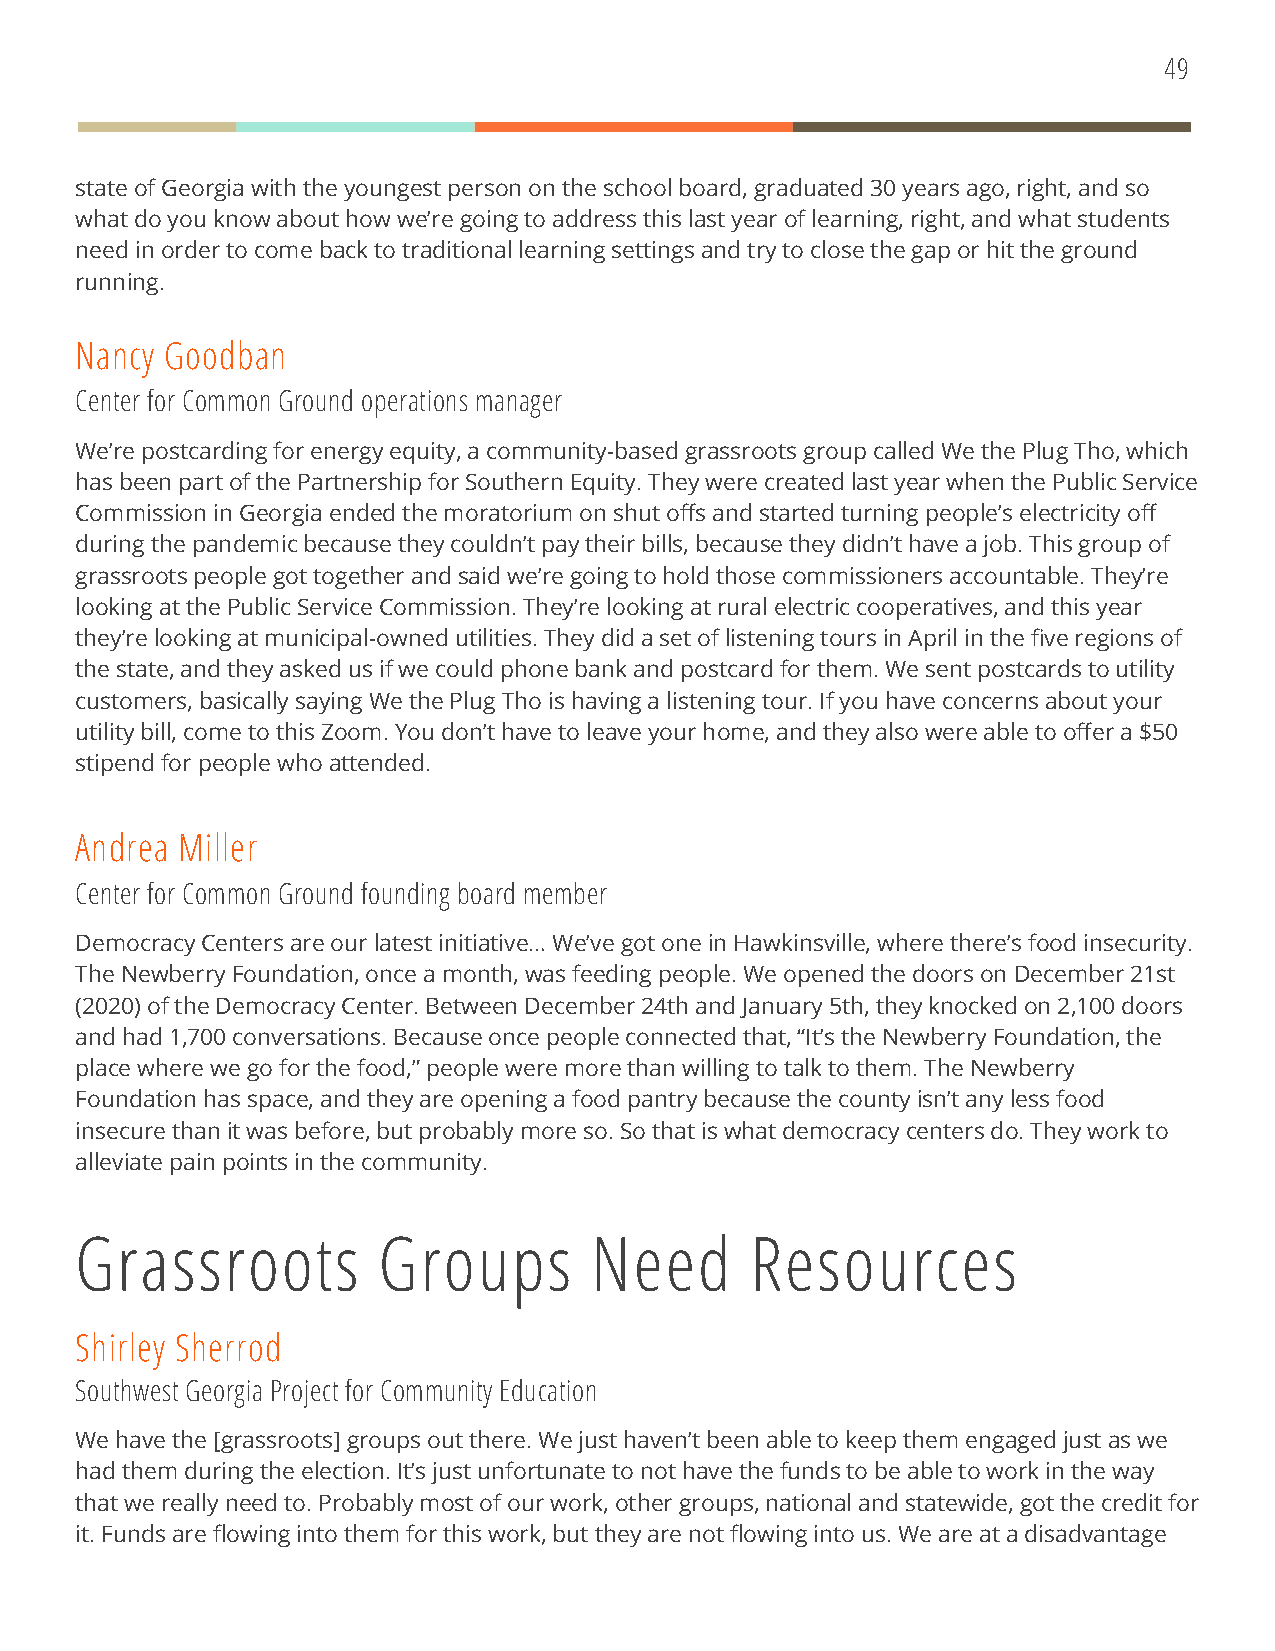
49
 state of Georgia with the youngest person on the school board, graduated 30 years ago, right, and so
 what do you know about how we’re going to address this last year of learning, right, and what students
 need in order to come back to traditional learning settings and try to close the gap or hit the ground
 running.
 Nancy Goodban
 Center for Common Ground operations manager
 We’re postcarding for energy equity, a community-based grassroots group called We the Plug Tho, which
 has been part of the Partnership for Southern Equity. They were created last year when the Public Service
 Commission in Georgia ended the moratorium on shut offs and started turning people’s electricity off
 during the pandemic because they couldn’t pay their bills, because they didn’t have a job. This group of
 grassroots people got together and said we’re going to hold those commissioners accountable. They’re
 looking at the Public Service Commission. They’re looking at rural electric cooperatives, and this year
 they’re looking at municipal-owned utilities. They did a set of listening tours in April in the five regions of
 the state, and they asked us if we could phone bank and postcard for them. We sent postcards to utility
 customers, basically saying We the Plug Tho is having a listening tour. If you have concerns about your
 utility bill, come to this Zoom. You don’t have to leave your home, and they also were able to offer a $50
 stipend for people who attended.
 Andrea Miller
 Center for Common Ground founding board member
 Democracy Centers are our latest initiative… We’ve got one in Hawkinsville, where there’s food insecurity.
 The Newberry Foundation, once a month, was feeding people. We opened the doors on December 21st
 (2020) of the Democracy Center. Between December 24th and January 5th, they knocked on 2,100 doors
 and had 1,700 conversations. Because once people connected that, “It’s the Newberry Foundation, the
 place where we go for the food,” people were more than willing to talk to them. The Newberry
 Foundation has space, and they are opening a food pantry because the county isn’t any less food
 insecure than it was before, but probably more so. So that is what democracy centers do. They work to
 alleviate pain points in the community.
 Grassroots          Groups        Need       Resources
 Shirley Sherrod
 Southwest Georgia Project for Community Education
 We have the [grassroots] groups out there. We just haven’t been able to keep them engaged just as we
 had them during the election. It’s just unfortunate to not have the funds to be able to work in the way
 that we really need to. Probably most of our work, other groups, national and statewide, got the credit for
 it. Funds are flowing into them for this work, but they are not flowing into us. We are at a disadvantage